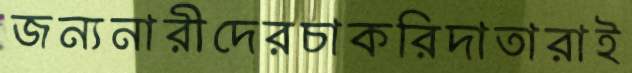
জন্যনারীদেরচাকরিদাতারাই